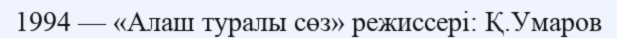
1994 — «Алаш туралы сөз» режиссері: Қ.Умаров